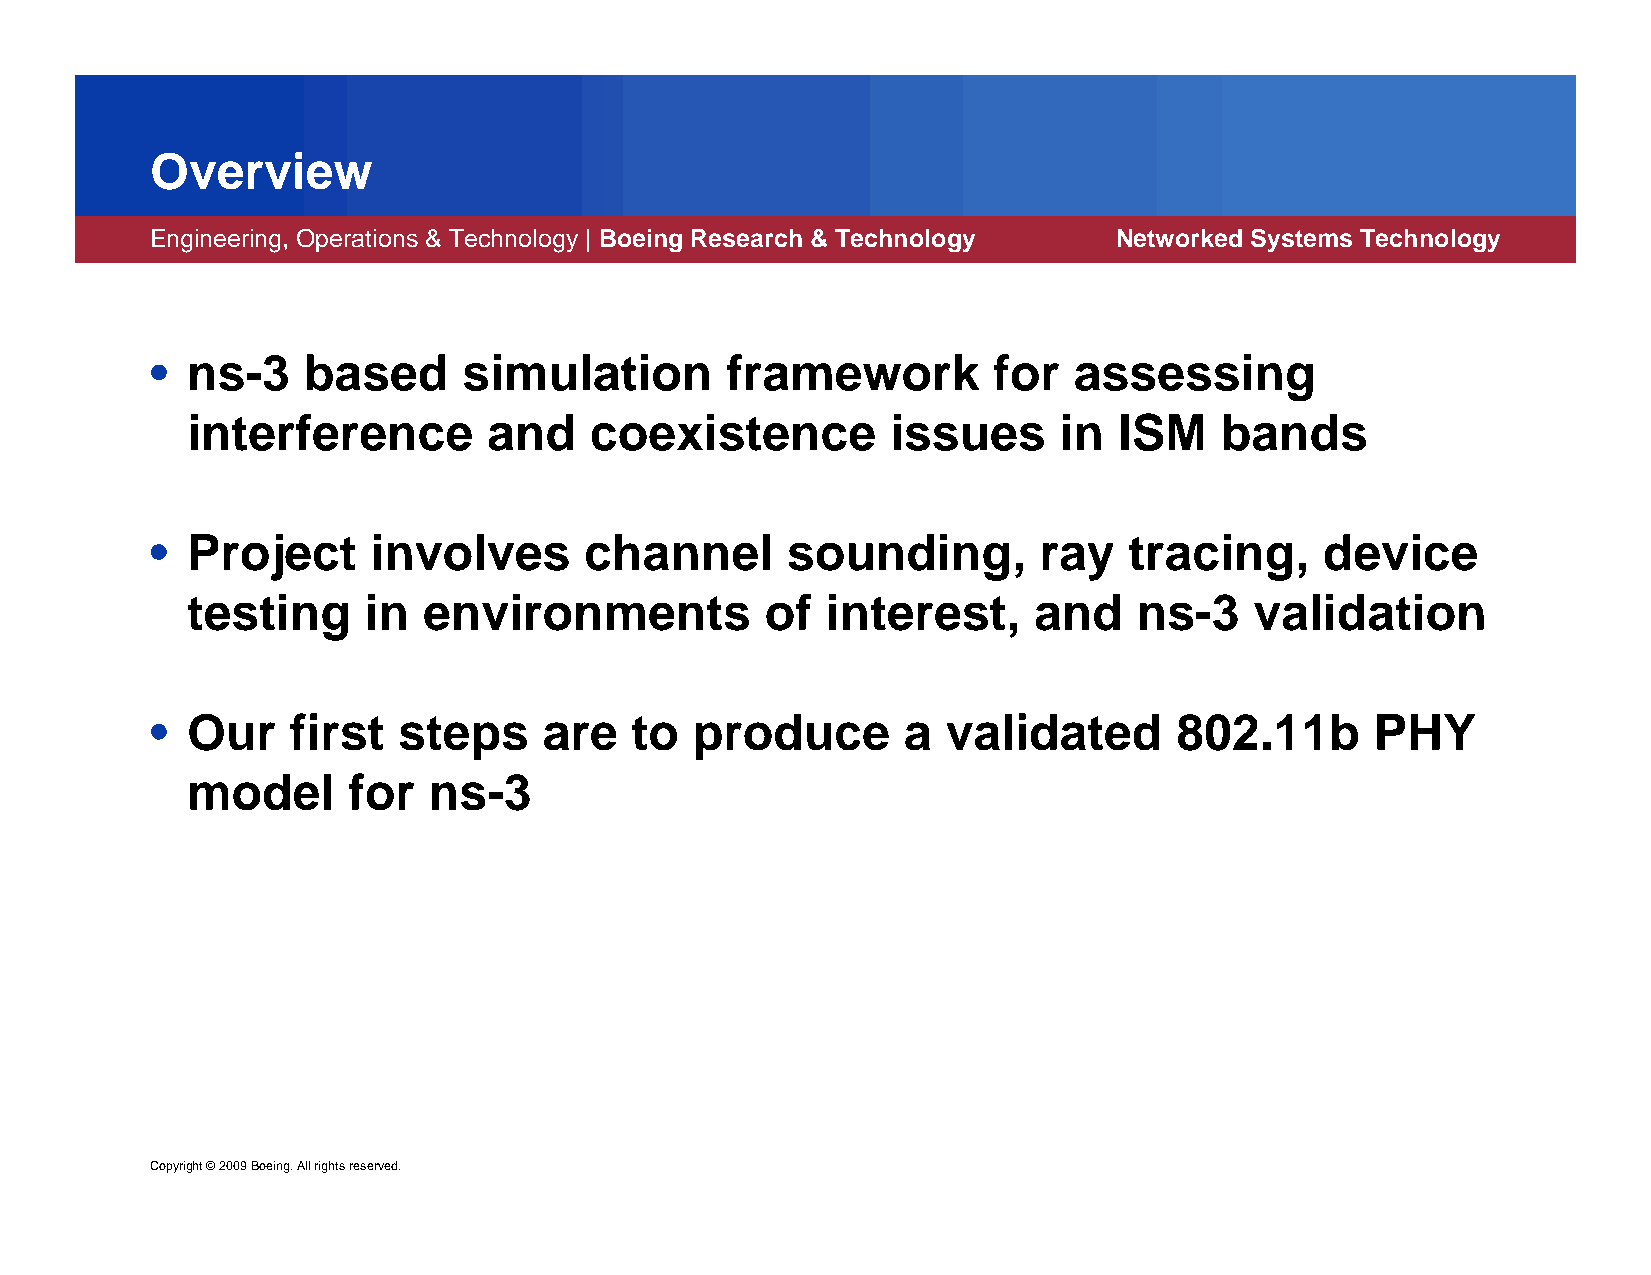
Overview
 Engineering, Operations & Technology | Boeing Research & Technology Networked Systems Technology
 • ns-3    based      simulation       framework         for  assessing
 interference        and    coexistence         issues     in  ISM    bands
 • Project      involves      channel      sounding,        ray   tracing,     device
 testing     in  environments           of  interest,    and    ns-3    validation
 • Our    first  steps     are   to  produce       a  validated      802.11b      PHY
 model      for  ns-3
 Copyright ©2009 Boeing. All rights reserved.